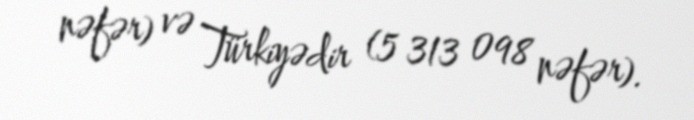
nəfər) və Türkiyədir (5 313 098 nəfər).